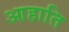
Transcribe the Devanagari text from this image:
आहाति